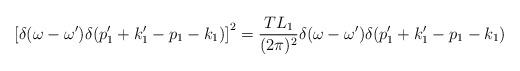
LaTeX: \begin{align*}\left[ \delta (\omega - \omega') \delta (p'_1+ k'_1 - p_1 - k_1) \right] ^2= {T L_1 \over (2\pi )^2 } \delta(\omega - \omega') \delta (p'_1+ k'_1 - p_1 - k_1)\end{align*}